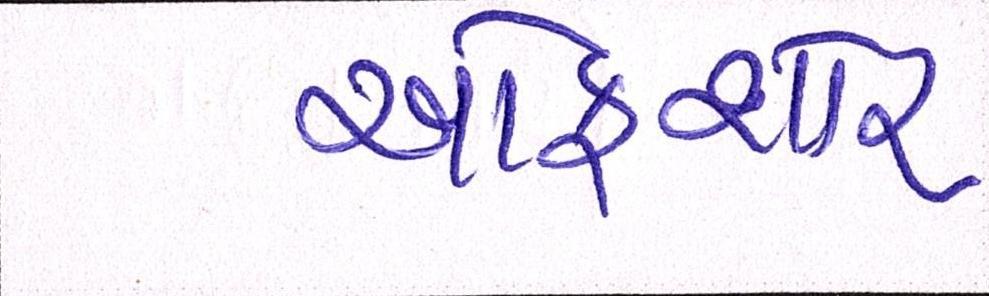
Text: ઓફશોર